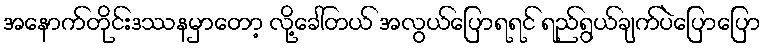
အနောက်တိုင်းဒဿနမှာတော့ လို့ခေါ်တယ် အလွယ်ပြောရရင် ရည်ရွယ်ချက်ပဲပြောပြော